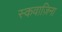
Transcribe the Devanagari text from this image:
स्कवाज़िना